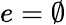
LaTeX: e=\emptyset